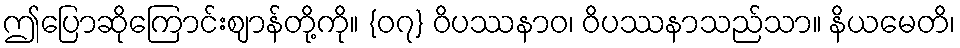
ဤပြောဆိုကြောင်းဈာန်တို့ကို။ {၀၇} ဝိပဿနာဝ၊ ဝိပဿနာသည်သာ။ နိယမေတိ၊